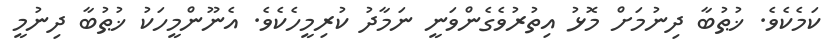
ކަމެކެވެ. ޚުޠުބާ ދިނުމަށް މޮޅު އިތުރުވެގެންވަނީ ނަމާދު ކުރިމީހެކެވެ. އެނޫންމީހަކު ޚުޠުބާ ދިނުމީ